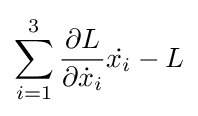
\sum _{i=1}^{3}{\frac {\partial L}{\partial {\dot {x}}_{i}}}{\dot {x_{i}}}-L